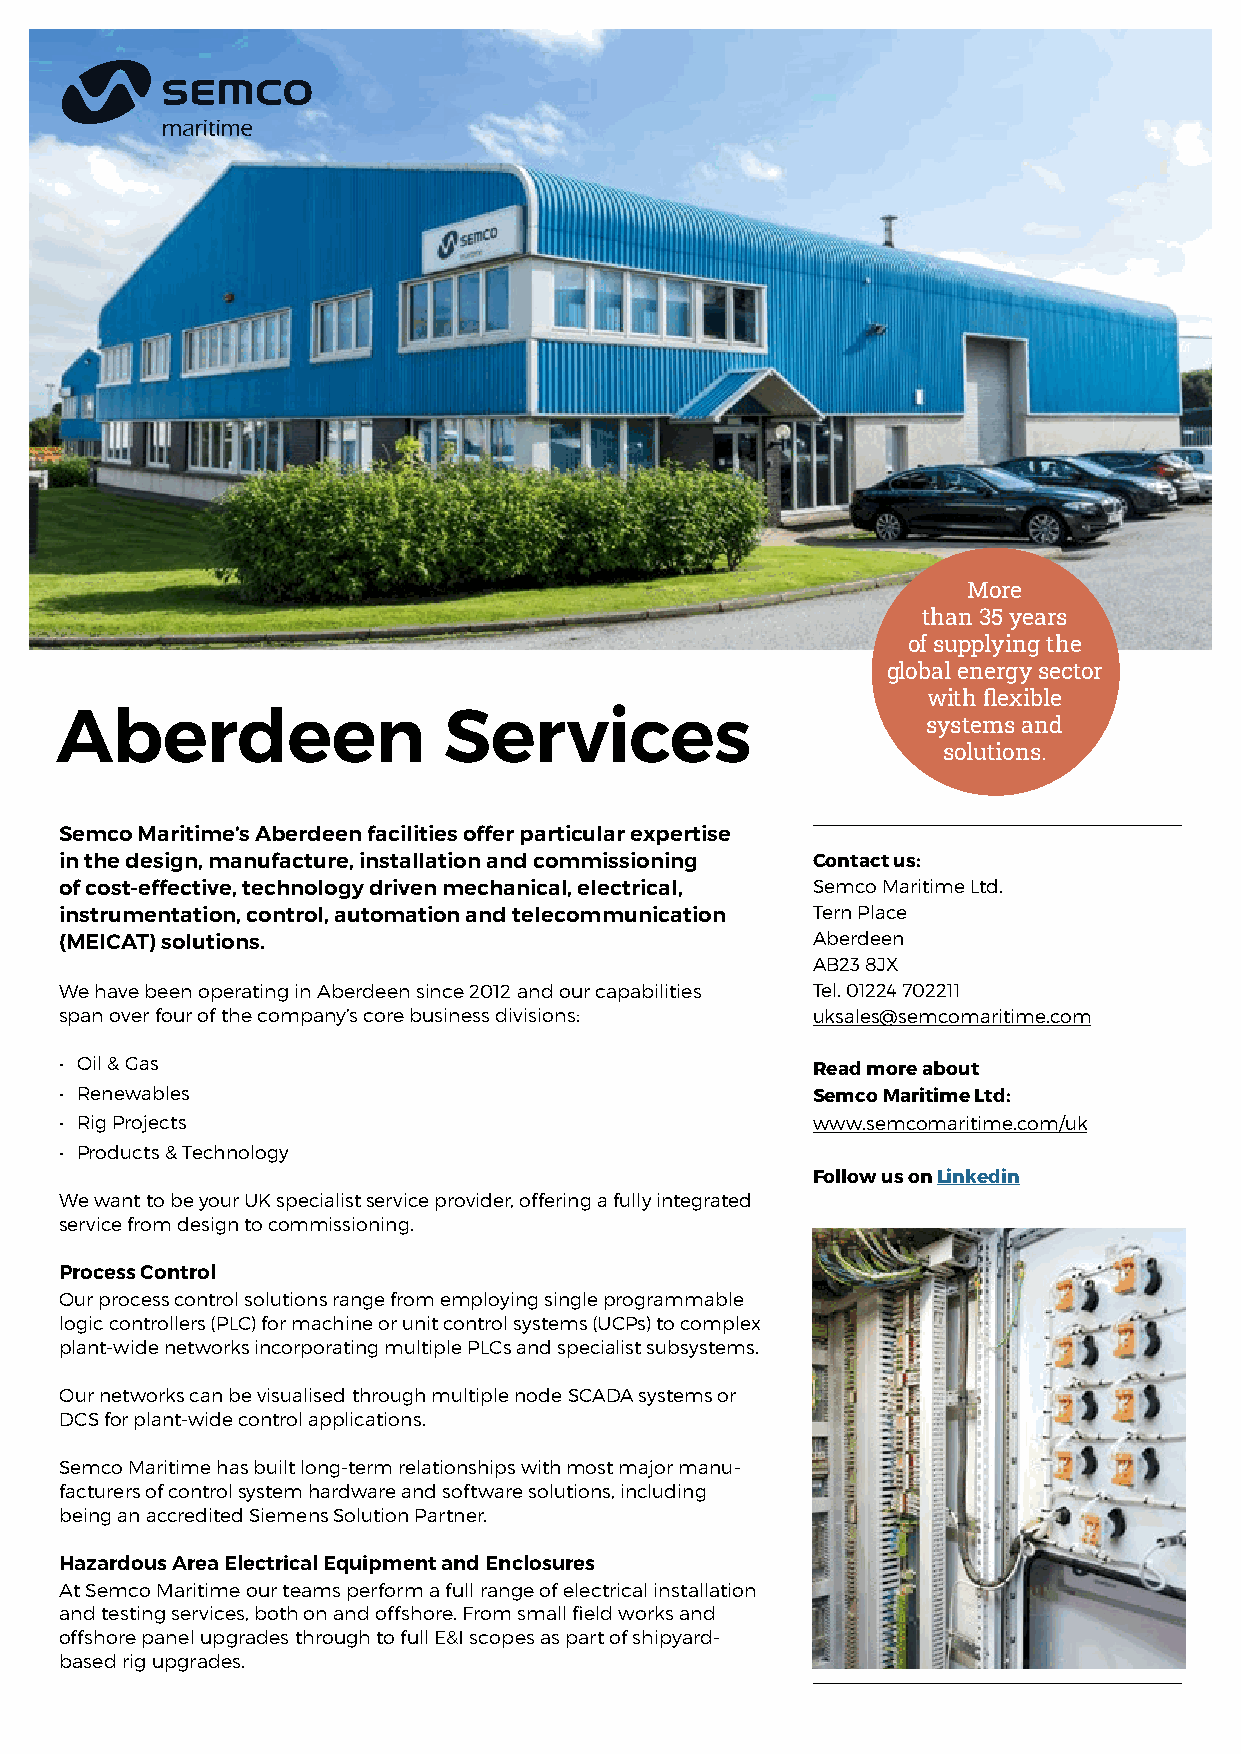
More
 than 35 years
 of supplying the
 global energy sector
 with flexible
 Aberdeen                 Services
 systems and
 solutions.
 Semco Maritime’s Aberdeen facilities offer particular expertise
 in the design, manufacture, installation and commissioning Contact us:
 of cost-effective, technology driven mechanical, electrical, Semco Maritime Ltd.
 instrumentation, control, automation and telecommunication Tern Place
 (MEICAT) solutions.                               Aberdeen
 AB23 8JX
 We have been operating in Aberdeen since 2012 and our capabilities Tel. 01224 702211
 span over four of the company’s core business divisions: uksales@semcomaritime.com
 • Oil & Gas
 Read more about
 • Renewables                                      Semco Maritime Ltd:
 • Rig Projects                                    www.semcomaritime.com/uk
 • Products & Technology
 Follow us on Linkedin
 We want to be your UK specialist service provider, offering a fully integrated
 service from design to commissioning.
 Process Control
 Our process control solutions range from employing single programmable
 logic controllers (PLC) for machine or unit control systems (UCPs) to complex
 plant-wide networks incorporating multiple PLCs and specialist subsystems.
 Our networks can be visualised through multiple node SCADA systems or
 DCS for plant-wide control applications.
 Semco Maritime has built long-term relationships with most major manu-
 facturers of control system hardware and software solutions, including
 being an accredited Siemens Solution Partner.
 Hazardous Area Electrical Equipment and Enclosures
 At Semco Maritime our teams perform a full range of electrical installation
 and testing services, both on and offshore. From small field works and
 offshore panel upgrades through to full E&I scopes as part of shipyard-
 based rig upgrades.